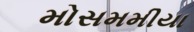
મોસમમીયા